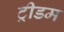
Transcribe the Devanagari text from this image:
ट्रीडम